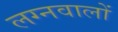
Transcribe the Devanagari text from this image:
लग्नवालों